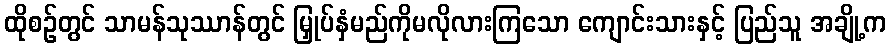
ထိုစဉ်တွင် သာမန်သုဿာန်တွင် မြှုပ်နှံမည်ကိုမလိုလားကြသော ကျောင်းသားနှင့် ပြည်သူ အချို့က